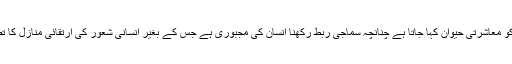
چوں کہ انسان کو معاشرتی حیوان کہا جاتا ہے چنانچہ سماجی ربط رکھنا انسان کی مجبوری ہے جس کے بغیر انسانی شعور کی ارتقائی منازل کا تصور محال ہے۔